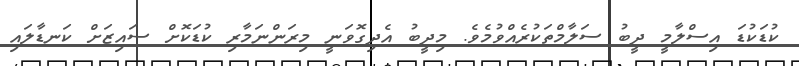
ކުޑަކުޑަ އިސްލާމީ ދީބު ސަލާމްތަކުރެއްވުމެވެ. މިދީބު އެދިގޮވަނީ މިރަންނަމާރި ކުޑަކޮށް ސައިޒަށް ކަނޑާލައި